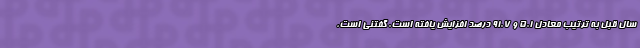
سال قبل به ترتیب معادل 5.1 و 91.7 درصد افزایش یافته است. گفتنی است،